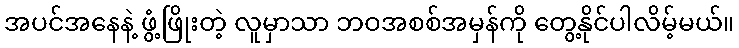
အပင်အနေနဲ့ ဖွံ့ဖြိုးတဲ့ လူမှာသာ ဘဝအစစ်အမှန်ကို တွေ့နိုင်ပါလိမ့်မယ်။